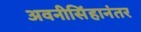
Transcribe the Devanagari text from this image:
अवनीसिंहानंतर